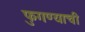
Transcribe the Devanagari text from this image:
फुगण्याची